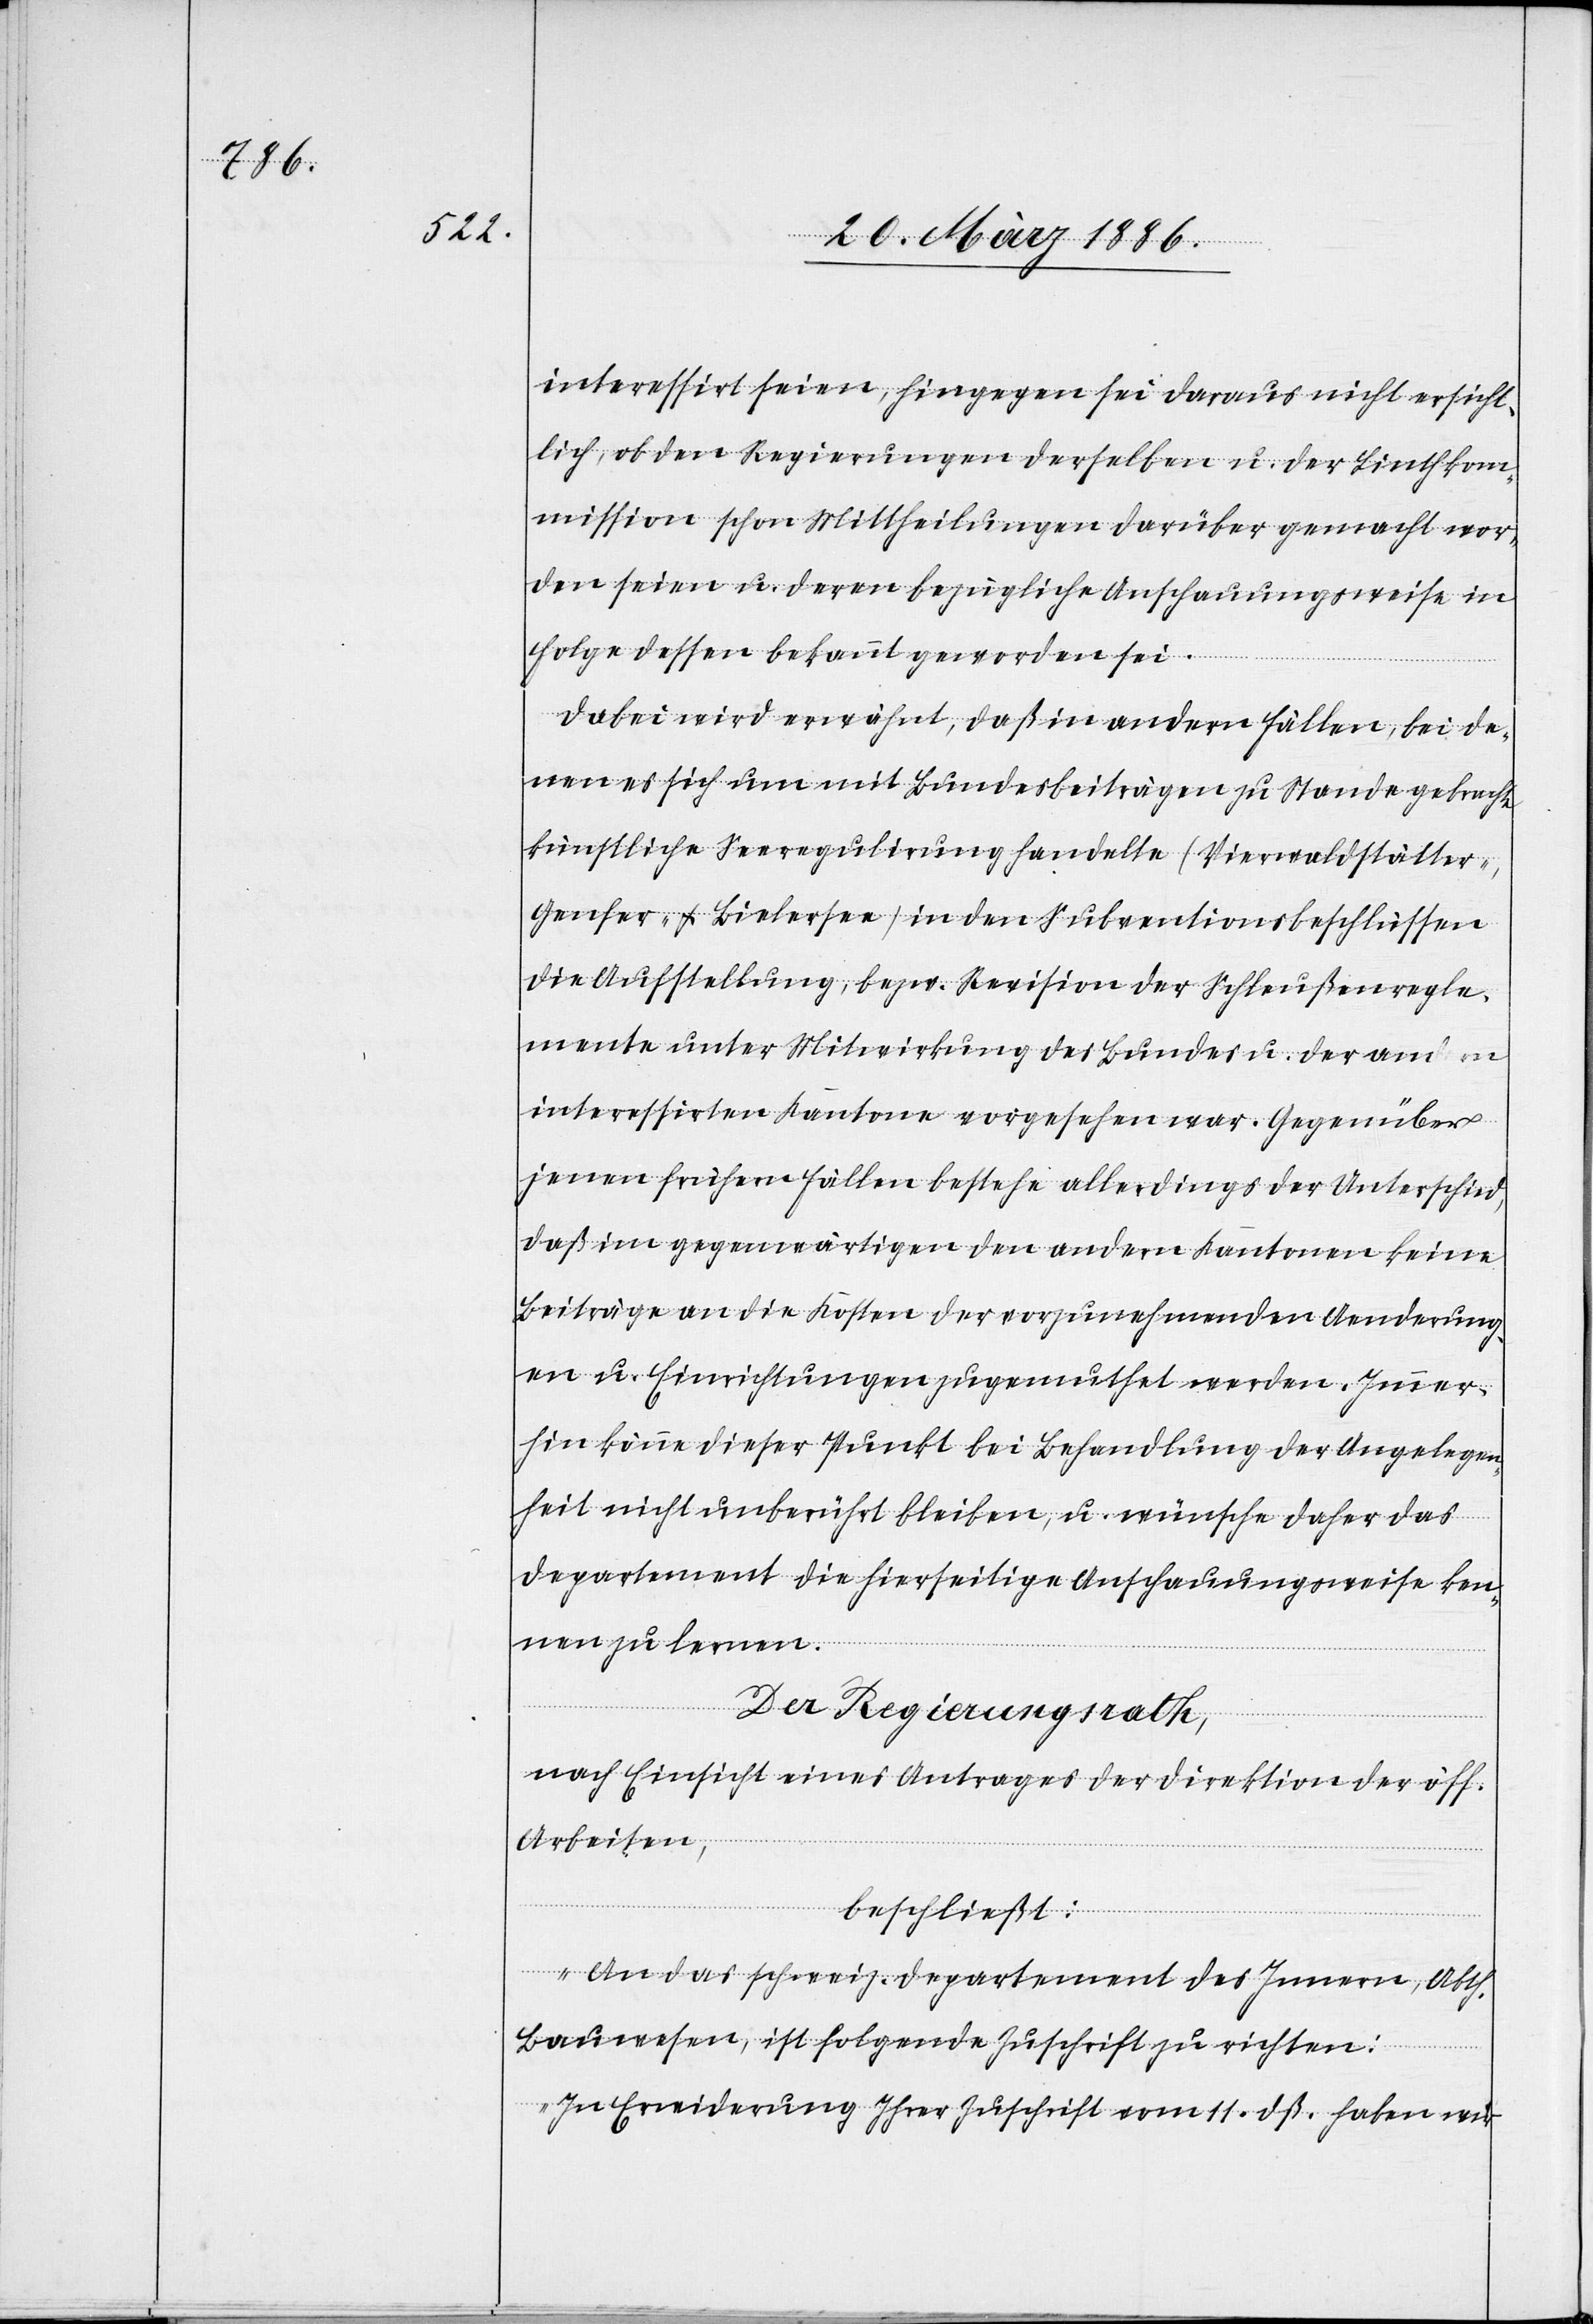
interessirt seien, hingegen sei daraus nicht ersicht¬
lich, ob den Regierungen derselben u. der Linthkom¬
mission schon Mittheilungen darüber gemacht wor¬
den seien u. deren bezügliche Anschauungsweise in
Folge dessen bekannt geworden sei.
Dabei wird erwähnt, daß in andern Fällen, bei de¬
nen es sich um mit Bundesbeiträgen zu Stande gebrachte
künstliche Seeregulirung handelte (Vierwaldstätter-,
Genfer- & Bielersee) in den Subventionsbeschlüssen
die Aufstellung, bzw. Revision der Schleußenregle¬
mente unter Mitwirkung des Bundes u. der andern
interessirten Kantone vorgesehen war. Gegenüber
jenen frühern Fällen bestehe allerdings der Unterschied,
daß im Gegenwärtigen den andern Kantonen keine
Beiträge an die Kosten der vorzunehmenden Aenderung¬
en u. Einrichtungen zugemuthet werden. Immer¬
hin könne dieser Punkt bei Behandlung der Angelegen¬
heit nicht unberührt bleiben, u. wünsche daher das
Departement die hierseitige Anschauungsweise ken¬
nen zu lernen.
Der Regierungsrath,
nach Einsicht eines Antrages der Direktion der öff.
Arbeiten,
beschließt:
„An das schweiz. Departement des Innern, Abth.
Bauwesen, ist folgende Zuschrift zu richten:
In Erwiderung Ihrer Zuschrift vom 11. dß. haben wir